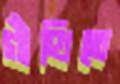
গাঁথিতে